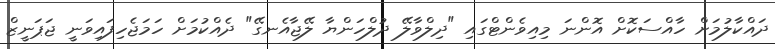
ދައްކާލުމަށް ހާއްސަކޮށް އޮންނަ މިއިވެންޓްގައި "ދިލްވާލޭ ދުލްހަންޔާ ލޭޖާއެނގޭ" ދެއްކުމަށް ހަމަޖެހިފައިވަނީ ޖަޕަނީޒް